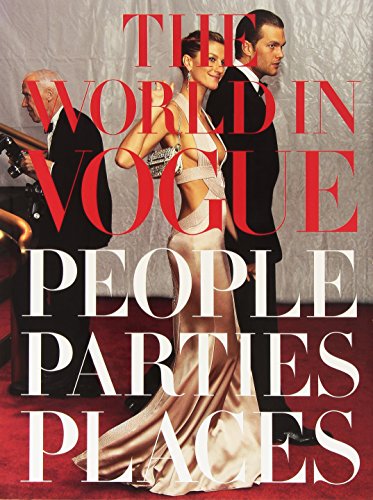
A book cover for The World in Vogue: People, Parties, Places; Arts & Photography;